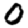
Digit: 0